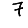
Digit: 7